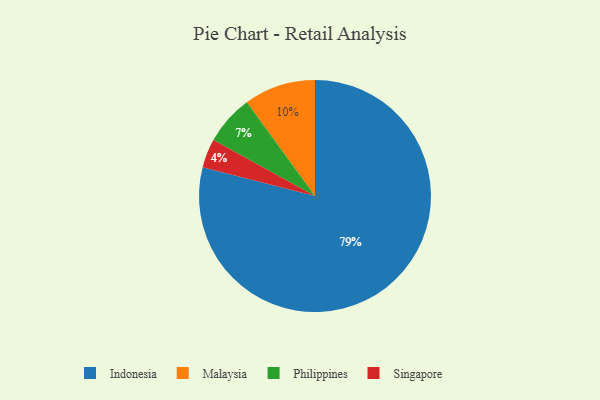
{"axis": {"x": "Category", "y": "Percentage"}, "legend": ["Indonesia", "Malaysia", "Philippines", "Singapore"], "data": [{"x": "Malaysia", "y": 10, "type": "Malaysia"}, {"x": "Philippines", "y": 7, "type": "Philippines"}, {"x": "Indonesia", "y": 79, "type": "Indonesia"}, {"x": "Singapore", "y": 4, "type": "Singapore"}]}